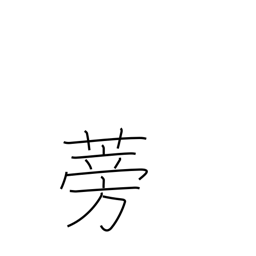
Meaning: burdock